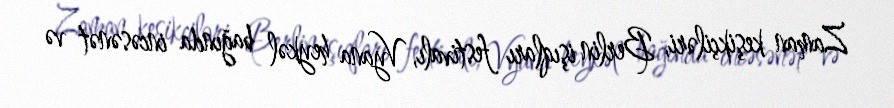
Zaman keşikçiləri, Berlin işıqları festivalı, Vyana heykəl bağında incəsənət və